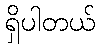
ရှိပါတယ်